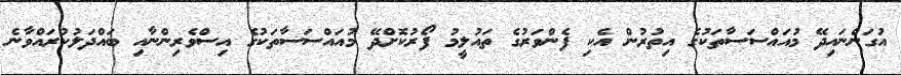
އުގަންނައިދޭ މުއައްސަސާތަކުގެ އިތުރުން އެކި ފެންވަރުގެ ތައުލީމު ފޯރުކޮށްދޭ މުއައްސަސާތަކުގެ އިސްވެރިންނާއި ބައްދަލުކުރައްވާނެ